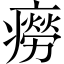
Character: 癆